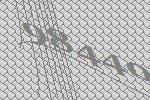
98440